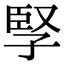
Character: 孯